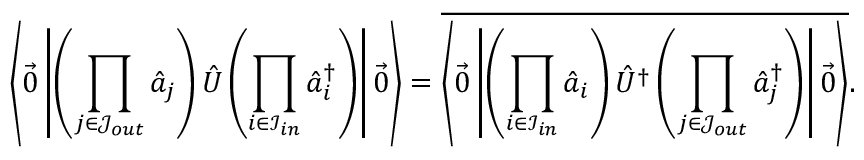
\left\langle \vec { 0 } \left| \left( \prod _ { j \in \mathcal { J } _ { o u t } } \hat { a } _ { j } \right) \hat { U } \left( \prod _ { i \in \mathcal { I } _ { i n } } \hat { a } _ { i } ^ { \dag } \right) \right| \vec { 0 } \right\rangle = \overline { { \left\langle \vec { 0 } \left| \left( \prod _ { { i \in \mathcal { I } _ { i n } } } \hat { a } _ { i } \right) \hat { U } ^ { \dag } \left( \prod _ { j \in \mathcal { J } _ { o u t } } \hat { a } _ { j } ^ { \dag } \right) \right| \vec { 0 } \right\rangle } } .